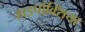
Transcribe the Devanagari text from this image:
हाइपौक्सिया